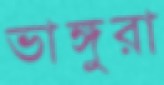
ভাঙ্গুরা